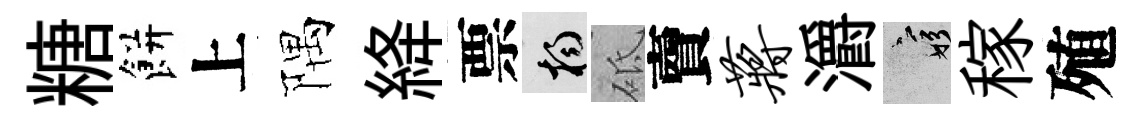
糖餅上隅絳票楊砥𧶠蒋灂窮稼殖